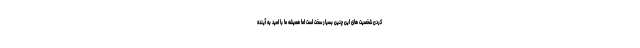
کردن شخصیت های این چنین بسیار سخت است اما همیشه ما با امید به آینده